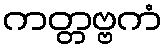
ကတ္တဗ္ဗကံ